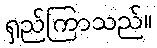
ရှည်ကြာသည်။